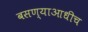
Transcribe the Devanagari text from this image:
बसण्याआधीच